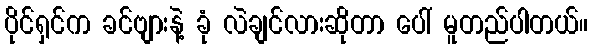
ပိုင်ရှင်က ခင်ဗျားနဲ့ ခုံ လဲချင်လားဆိုတာ ပေါ် မူတည်ပါတယ်။